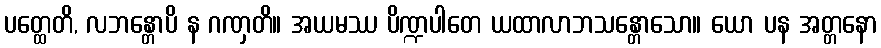
ပတ္ထေတိ, လဘန္တောပိ န ဂဏှတိ။ အယမဿ ပိဏ္ဍပါတေ ယထာလာဘသန္တောသော။ ယော ပန အတ္တနော